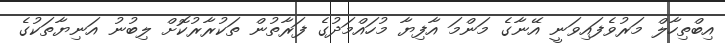
އިބްތިހާލް މަރުވެފައިވަނީ އޭނާގެ މަންމަ އާފިޔާ މުހައްމަދުގެ ފަރާތުން ތަކުރާރުކޮށް ލިބުނު އަނިޔާތަކުގެ